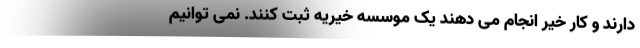
دارند و کار خیر انجام می دهند یک موسسه خیریه ثبت کنند. نمی توانیم